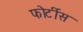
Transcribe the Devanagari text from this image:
फोर्टीस